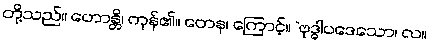
တို့သည်။ ဟောန္တိ၊ ကုန်၏။ တေန၊ ကြောင့်။ “ဗုဒ္ဓါပဒေသော၊ လ။